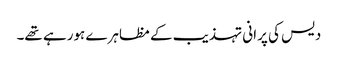
دیس کی پرانی تہذیب کے مظاہرے ہورہے تھے۔